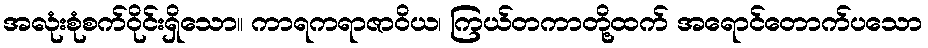
အလုံးစုံစက်ဝိုင်းရှိသော။ ကာရကရာဇာဝိယ၊ ကြယ်တကာတို့ထက် အရောင်တောက်ပသော